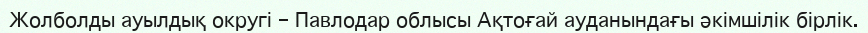
Жолболды ауылдық округі – Павлодар облысы Ақтоғай ауданындағы әкімшілік бірлік.